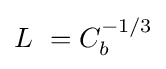
L~=C_{b}^{-1/3}